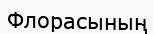
Флорасының